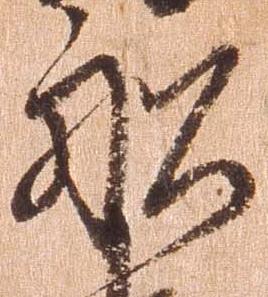
船